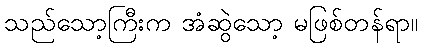
သည်သော့ကြီးက အံဆွဲသော့ မဖြစ်တန်ရာ။